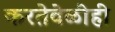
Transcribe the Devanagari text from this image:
करतेवेळीही